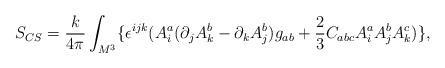
\begin{align*}S_{CS}=\frac k{4\pi }\int_{M^3}\{\epsilon ^{ijk}(A_i^a(\partial_jA_k^b-\partial _kA_j^b)g_{ab}+\frac 23C_{abc}A_i^aA_j^bA_k^c)\},\end{align*}